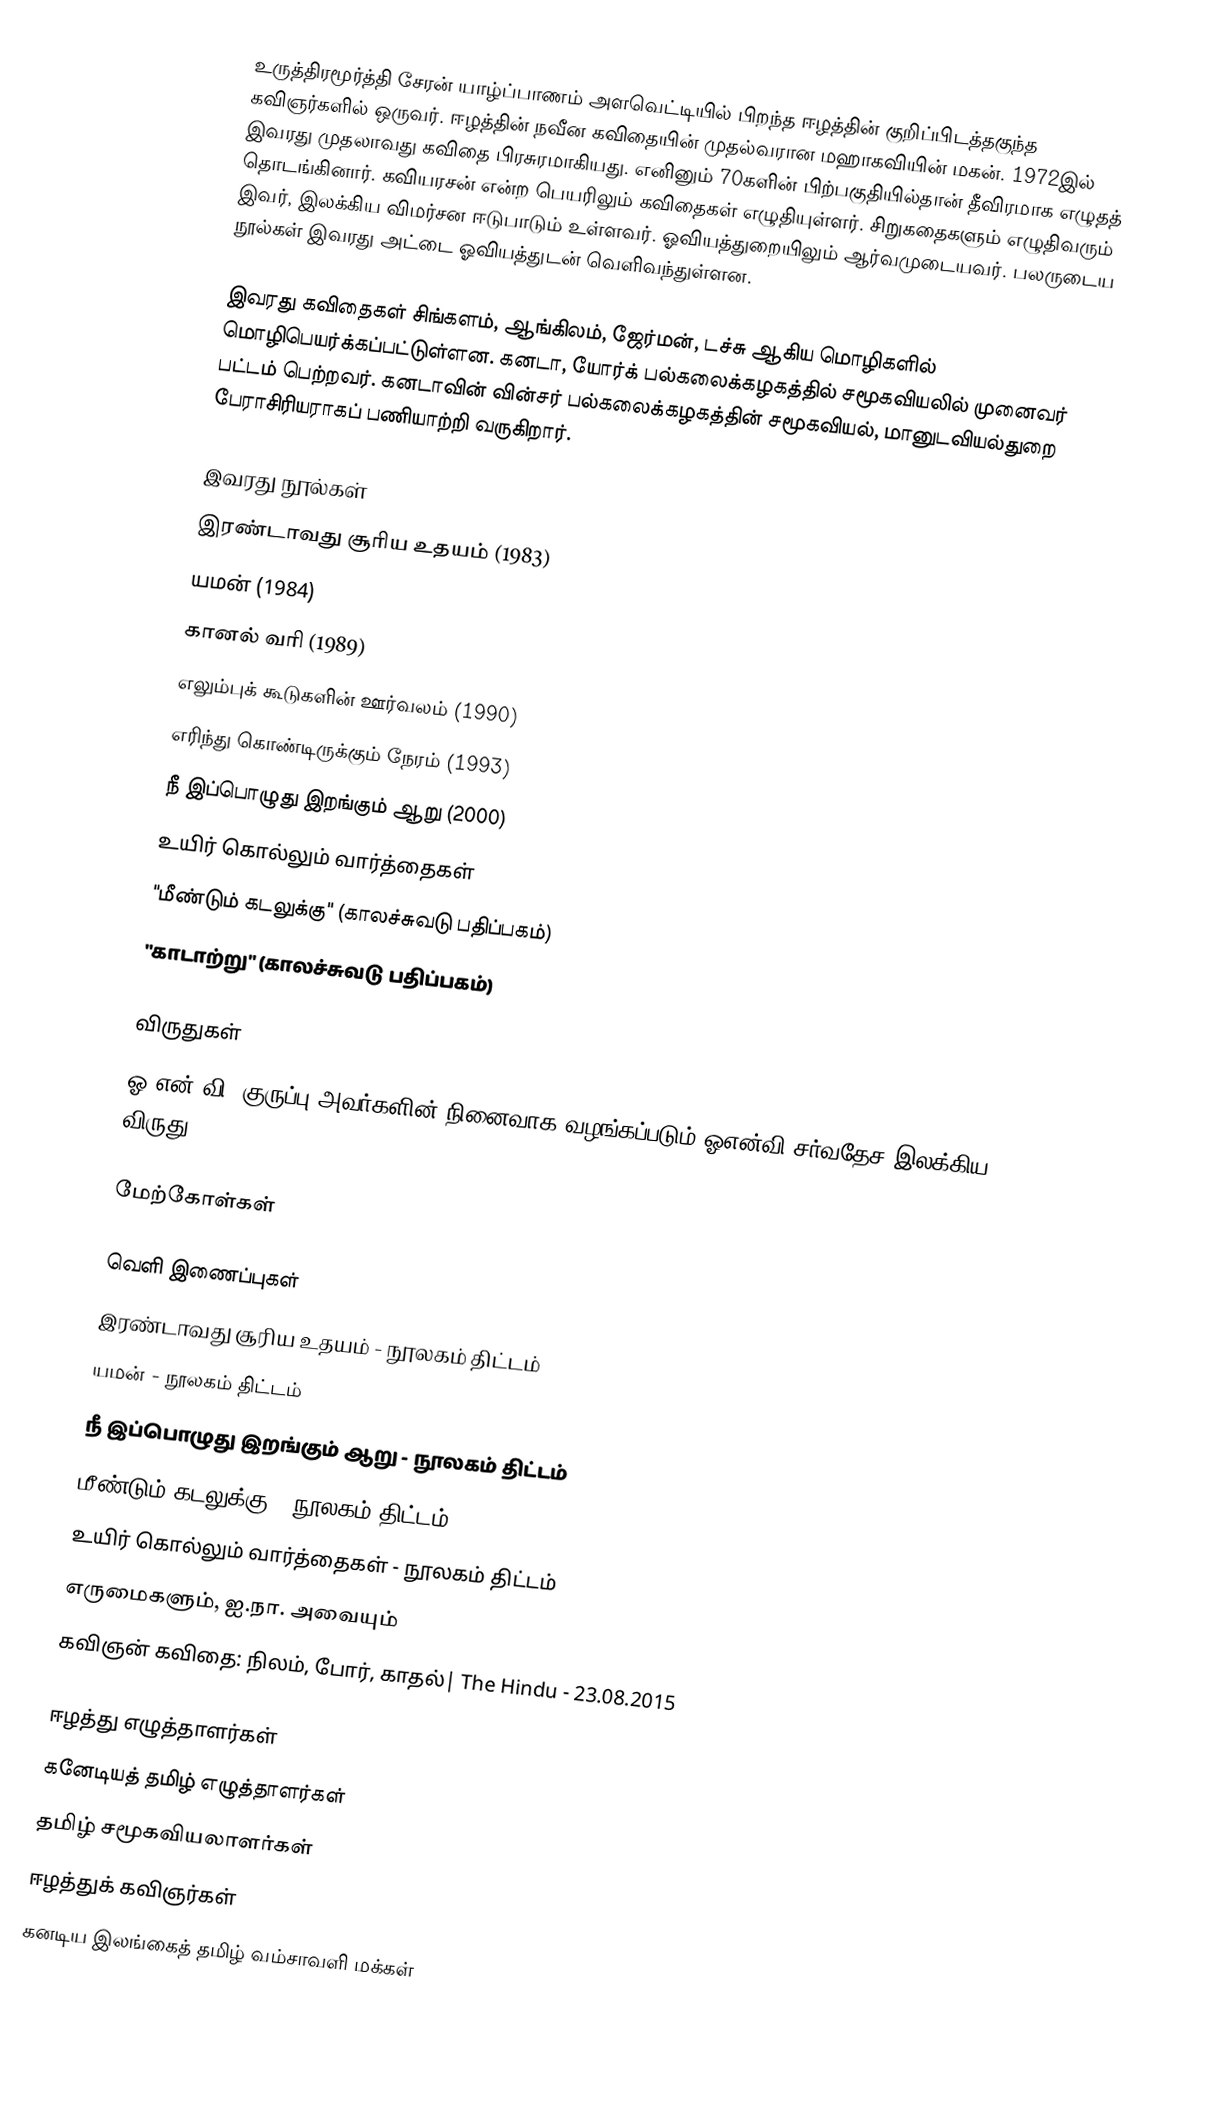
உருத்திரமூர்த்தி சேரன் யாழ்ப்பாணம் அளவெட்டியில் பிறந்த ஈழத்தின் குறிப்பிடத்தகுந்த கவிஞர்களில் ஒருவர். ஈழத்தின் நவீன கவிதையின் முதல்வரான மஹாகவியின் மகன். 1972இல் இவரது முதலாவது கவிதை பிரசுரமாகியது. எனினும் 70களின் பிற்பகுதியில்தான் தீவிரமாக எழுதத் தொடங்கினார். கவியரசன் என்ற பெயரிலும் கவிதைகள் எழுதியுள்ளர். சிறுகதைகளும் எழுதிவரும் இவர், இலக்கிய விமர்சன ஈடுபாடும் உள்ளவர். ஓவியத்துறையிலும் ஆர்வமுடையவர். பலருடைய நூல்கள் இவரது அட்டை ஓவியத்துடன் வெளிவந்துள்ளன.

இவரது கவிதைகள் சிங்களம், ஆங்கிலம், ஜேர்மன், டச்சு ஆகிய மொழிகளில் மொழிபெயர்க்கப்பட்டுள்ளன. கனடா, யோர்க் பல்கலைக்கழகத்தில் சமூகவியலில் முனைவர் பட்டம் பெற்றவர். கனடாவின் வின்சர் பல்கலைக்கழகத்தின் சமூகவியல், மானுடவியல்துறை பேராசிரியராகப் பணியாற்றி வருகிறார்.

இவரது நூல்கள்
 இரண்டாவது சூரிய உதயம் (1983)
 யமன் (1984)
 கானல் வரி (1989)
 எலும்புக் கூடுகளின் ஊர்வலம் (1990)
 எரிந்து கொண்டிருக்கும் நேரம் (1993)
 நீ இப்பொழுது இறங்கும் ஆறு (2000)
 உயிர் கொல்லும் வார்த்தைகள்
 "மீண்டும் கடலுக்கு" (காலச்சுவடு பதிப்பகம்)
"காடாற்று" (காலச்சுவடு பதிப்பகம்)

விருதுகள்
ஓ.என்.வி. குருப்பு அவர்களின் நினைவாக வழங்கப்படும் ஓஎன்வி சர்வதேச இலக்கிய விருது (ONV International Literary Award), 2016

மேற்கோள்கள்

வெளி இணைப்புகள்
 இரண்டாவது சூரிய உதயம் - நூலகம் திட்டம்
 யமன் - நூலகம் திட்டம்
 நீ இப்பொழுது இறங்கும் ஆறு - நூலகம் திட்டம்
 மீண்டும் கடலுக்கு - நூலகம் திட்டம்
 உயிர் கொல்லும் வார்த்தைகள் - நூலகம் திட்டம்
 எருமைகளும், ஐ.நா. அவையும்
 கவிஞன் கவிதை: நிலம், போர், காதல்|  The Hindu - 23.08.2015

ஈழத்து எழுத்தாளர்கள்
கனேடியத் தமிழ் எழுத்தாளர்கள்
தமிழ் சமூகவியலாளர்கள்
ஈழத்துக் கவிஞர்கள்
கனடிய இலங்கைத் தமிழ் வம்சாவளி மக்கள்